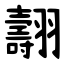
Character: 翿